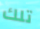
تلك